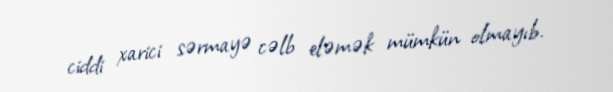
ciddi xarici sərmayə cəlb eləmək mümkün olmayıb.